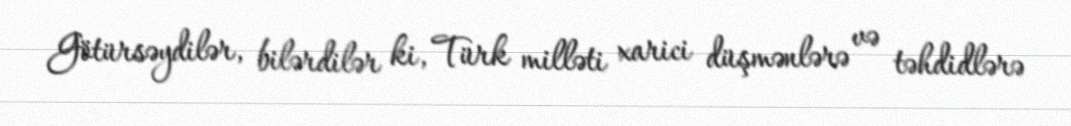
Götürsəydilər, bilərdilər ki, Türk milləti xarici düşmənlərə və təhdidlərə